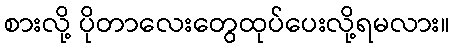
စားလို့ ပိုတာလေးတွေထုပ်ပေးလို့ရမလား။